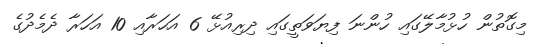
މިގޮތުން ހުޅުމާލޭގައި ހުންނަ ފިޔަވަތީގައި ދިރިއުޅޭ 6 އަހަރާއި 10 އަހަރާ ދެމެދުގެ